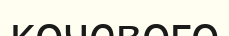
кочевого